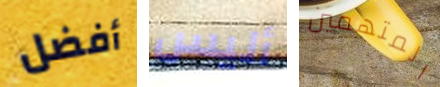
أفضل أليس المتهمين